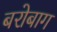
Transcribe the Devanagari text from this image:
बरोबाग